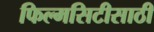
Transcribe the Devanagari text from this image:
फिल्मसिटीसाठी